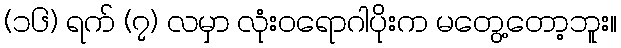
(၁၆) ရက် (၇) လမှာ လုံးဝရောဂါပိုးက မတွေ့တော့ဘူး။